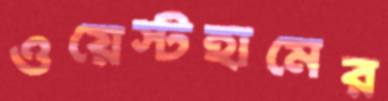
ওয়েস্টহামের